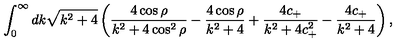
\int _ { 0 } ^ { \infty } d k \sqrt { k ^ { 2 } + 4 } \left( \frac { 4 \cos \rho } { k ^ { 2 } + 4 \cos ^ { 2 } \rho } - \frac { 4 \cos \rho } { k ^ { 2 } + 4 } + \frac { 4 c _ { + } } { k ^ { 2 } + 4 c _ { + } ^ { 2 } } - \frac { 4 c _ { + } } { k ^ { 2 } + 4 } \right) ,